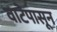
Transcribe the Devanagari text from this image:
वाटेपासून